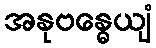
အနုဗန္ဓေယျံ